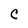
Character: C